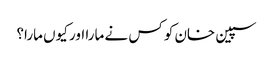
سپین خان کو کس نے مارا اور کیوں مارا؟